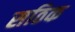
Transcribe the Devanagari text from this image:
सठिक